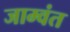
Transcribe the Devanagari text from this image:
जाम्वंत